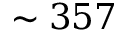
\sim 3 5 7